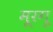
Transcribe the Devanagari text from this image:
मूरगू